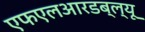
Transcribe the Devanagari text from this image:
एफएलआरडब्ल्यू